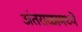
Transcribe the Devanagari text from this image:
अंतराळामध्ये